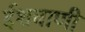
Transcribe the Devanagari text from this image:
ईशवाणी